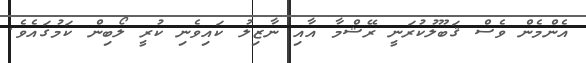
އެންމެން ވެސް ޤަބޫލުކުރަނީ ރޭޝްމާ އާއި ނާޒިލު ކައިވެނި ކުރީ ލޯބިން ކަމުގައެވެ.